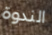
الندوة